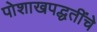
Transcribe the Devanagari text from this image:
पोशाखपद्धतींचे